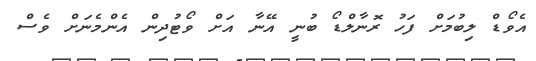
އެވޯޑް ލިބުމަށް ފަހު ރޮނާލްޑޯ ބުނީ އޭނާ އަށް ވޯޓުދިން އެންމެނަށް ވެސް